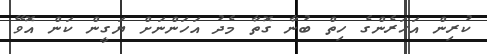
ކުރިން އަހަރެންގެ ހިތް ބުނާ ގޮތާ މެދު އަހަންނަށް ޔަގީން ކަން އޮވޭ